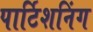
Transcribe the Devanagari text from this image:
पार्टिशनिंग